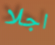
اجلا